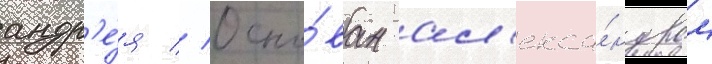
андр'е́я // Осно́ван ал'екса́ндром